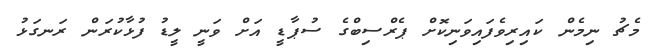
މެޗު ނިމެން ކައިރިވެފައިވަނިކޮށް ޕެރްސިބްގެ ސުޕާޑީ އަށް ވަނީ ލީޑު ފުޅާކުރަން ރަނގަޅު